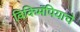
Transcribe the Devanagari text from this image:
विकिमॅपियाचे